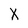
Character: X